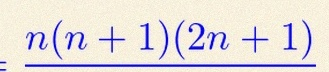
n(n+1)(2n+1)